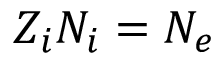
Z _ { i } N _ { i } = N _ { e }